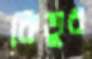
কিভুর